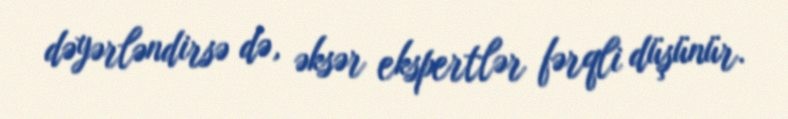
dəyərləndirsə də, əksər ekspertlər fərqli düşünür.